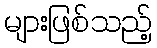
များဖြစ်သည့်